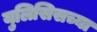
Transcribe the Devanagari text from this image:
युलिसिसच्या